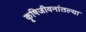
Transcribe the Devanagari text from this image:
कृषिजीवनांतल्या